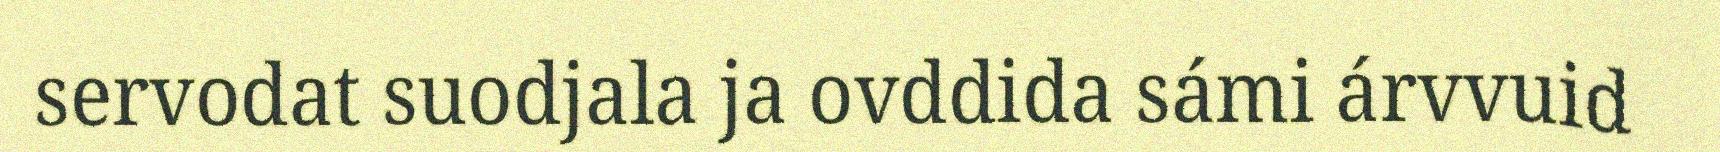
servodat suodjala ja ovddida sámi árvvuid